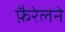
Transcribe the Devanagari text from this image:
फ़ैरेलने